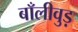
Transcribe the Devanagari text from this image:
बाँलीवुड़